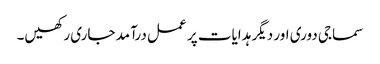
سماجی دوری اور دیگر ہدایات پر عمل درآمد جاری رکھیں۔